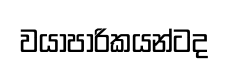
වයාපාරිකයන්ටද